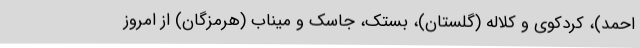
احمد)، کردکوی و کلاله (گلستان)، بستک، جاسک و میناب (هرمزگان) از امروز